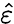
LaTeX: \hat{\varepsilon}